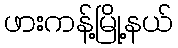
ဖားကန့်မြို့နယ်